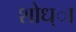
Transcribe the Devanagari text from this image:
शोध्ा